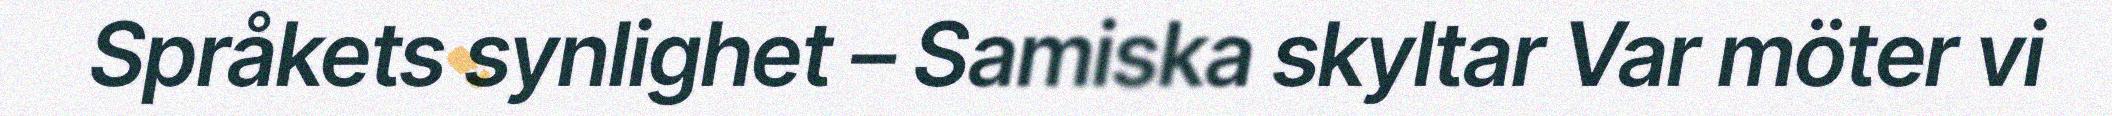
Språkets synlighet – Samiska skyltar Var möter vi